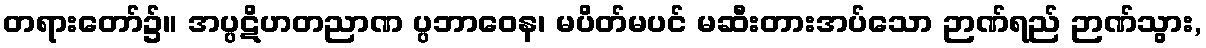
တရားတော်၌။ အပ္ပဋိဟတညာဏ ပ္ပဘာဝေန၊ မပိတ်မပင် မဆီးတားအပ်သော ဉာဏ်ရည် ဉာဏ်သွား,